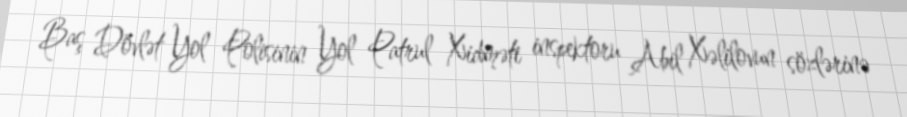
Baş Dövlət Yol Polisinin Yol Patrul Xidməti inspektoru Abil Xəlilovun sözlərinə